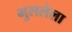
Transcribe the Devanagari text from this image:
भुललेला